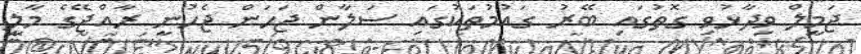
ޖަމީލް ވިދާޅުވި ގޮތުގައި ބޭރު ގައުމުތަކުގައި ސަލާން ޖަހަން ޖެހުނީ ރާއްޖޭގެ މާލީ